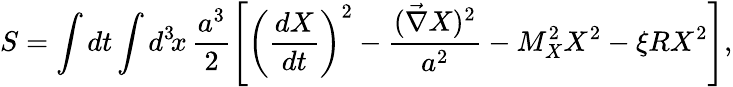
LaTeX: S=\int dt\int d^{3}\! x\, \frac{a^{3}}{2}\left[\left(\frac{dX}{dt}\right)^{2}-\frac{({\vec{\nabla}}X)^{2}}{a^{2}}-M_{X}^{2}X^{2}-\xi RX^{2}\right],